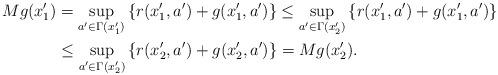
LaTeX: \begin{align*} Mg(x_1') &= \sup_{a' \in \Gamma(x_1')} \left\{ r(x_1',a') + g(x_1',a') \right\} \leq \sup_{a' \in \Gamma(x_2')} \left\{ r(x_1',a') + g(x_1',a') \right\} \\ &\leq \sup_{a' \in \Gamma(x_2')} \left\{ r(x_2',a') + g(x_2',a') \right\} = Mg(x_2').\end{align*}